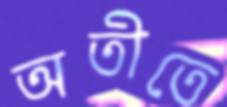
অতীতে